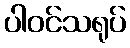
ပါဝင်သရုပ်